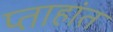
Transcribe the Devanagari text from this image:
प्ताहांत